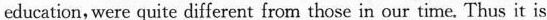
education, were quite different from those in our time. Thus it is